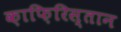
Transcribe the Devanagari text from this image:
क़ाफ़िरिस्तान